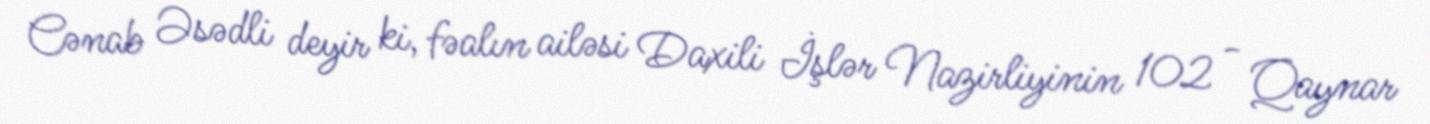
Cənab Əsədli deyir ki, fəalın ailəsi Daxili İşlər Nazirliyinin 102 - Qaynar